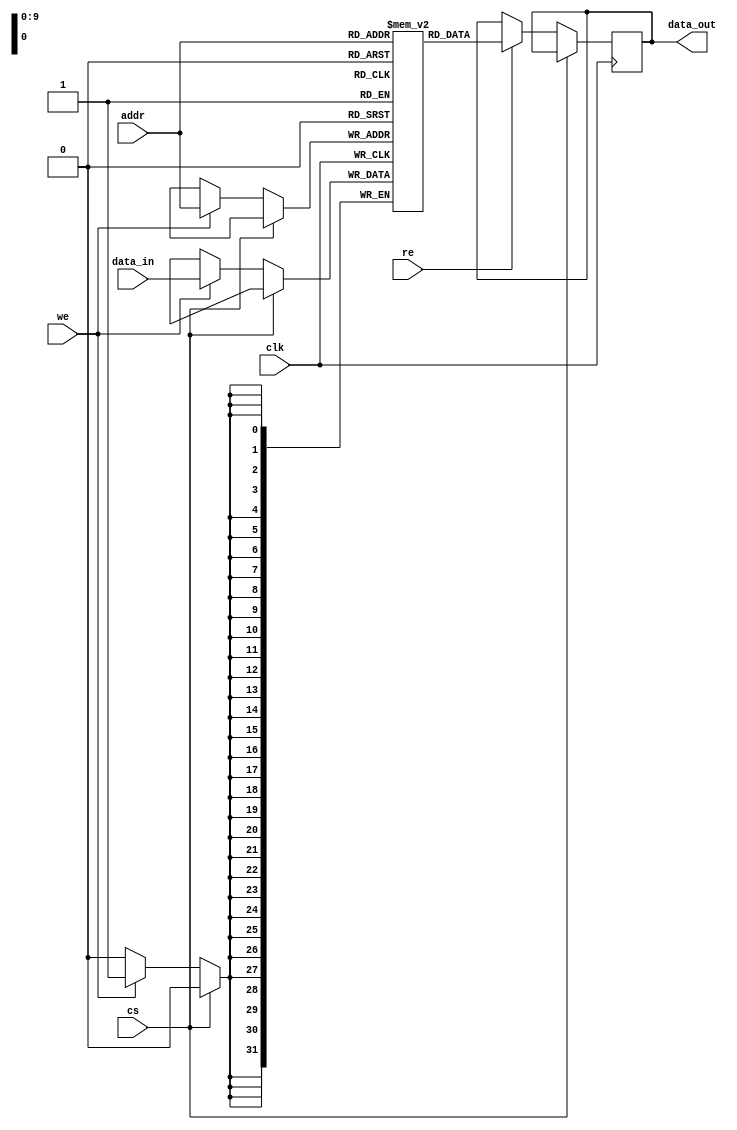
module io_blocks_cache_sram #(
    parameter ADDR_WIDTH = 10,  // Number of address bits (1KB -> 2^10 = 1024 bytes)
    parameter DATA_WIDTH = 32,   // Width of each memory word (e.g., 32 bits)
    parameter MEM_SIZE = 1 << ADDR_WIDTH // Total memory size in words
)(
    input wire clk,              // Clock signal
    input wire cs,               // Chip Select (active low)
    input wire we,               // Write Enable (active high)
    input wire re,               // Read Enable (active high)
    input wire [ADDR_WIDTH-1:0] addr, // Address input
    input wire [DATA_WIDTH-1:0] data_in, // Data input for write operations
    output reg [DATA_WIDTH-1:0] data_out // Data output for read operations
);

    // Memory array declaration
    reg [DATA_WIDTH-1:0] memory [0:MEM_SIZE-1];

    // Read and Write operations
    always @(posedge clk) begin
        if (!cs) begin // If chip select is active
            if (we) begin
                // Write operation
                memory[addr] <= data_in; // Write data to memory at address
            end
            if (re) begin
                // Read operation
                data_out <= memory[addr]; // Read data from memory at address
            end
        end
    end

endmodule